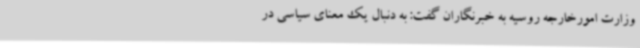
وزارت امورخارجه روسیه به خبرنگاران گفت: به دنبال یک معنای سیاسی در